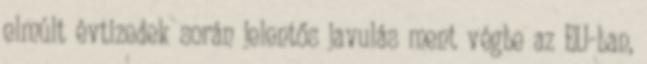
elmúlt évtizedek során jelentős javulás ment végbe az EU-ban,